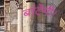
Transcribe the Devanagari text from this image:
बांटेगी।